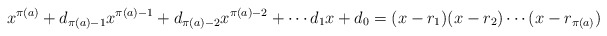
\begin{align*}x^{\pi(a)} + d_{\pi(a) - 1}x^{\pi(a) - 1} + d_{\pi(a) - 2}x^{\pi(a) - 2} + \cdots d_1x + d_0 = (x - r_1)(x - r_2)\cdots(x - r_{\pi(a)})\end{align*}